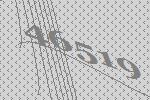
46519